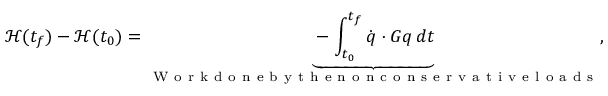
\mathcal { H } ( t _ { f } ) - \mathcal { H } ( t _ { 0 } ) = \underbrace { - \int _ { t _ { 0 } } ^ { t _ { f } } \dot { \boldsymbol { q } } \cdot \boldsymbol { G } \boldsymbol { q } \, d t } _ { \mathrm { ~ W ~ o ~ r ~ k ~ d ~ o ~ n ~ e ~ b ~ y ~ t ~ h ~ e ~ n ~ o ~ n ~ c ~ o ~ n ~ s ~ e ~ r ~ v ~ a ~ t ~ i ~ v ~ e ~ l ~ o ~ a ~ d ~ s ~ } } ,